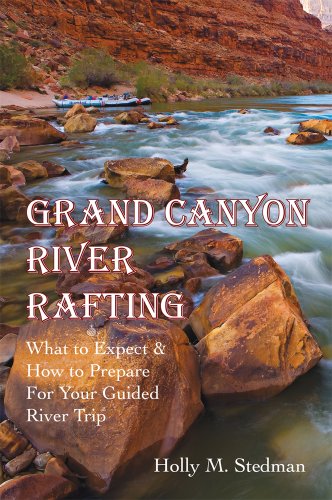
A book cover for Grand Canyon River Rafting; What to Expect & How to Prepare For Your Guided River Trip; Holly M. Stedman; Sports & Outdoors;